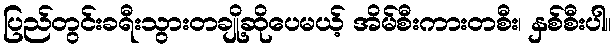
ပြည်တွင်းခရီးသွားတချို့ဆိုပေမယ့် အိမ်စီးကားတစီး၊ နှစ်စီးပါ။